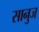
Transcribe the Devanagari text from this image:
सानुज